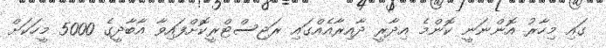
ގައި މިހާރު އޮންނަނީ ކޮންމެ އިދާރީ ދާއިރާއެއްގައި ރަޖިސްޓްރީކޮށްފައިވާ އާބާދީގެ 5000 މީހަކަށް